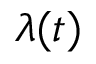
\lambda ( t )